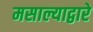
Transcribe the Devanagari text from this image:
मसाल्याद्वारे